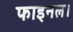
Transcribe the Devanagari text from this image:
फाइनल।